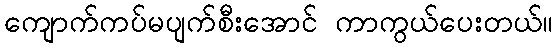
ကျောက်ကပ်မပျက်စီးအောင် ကာကွယ်ပေးတယ်။